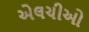
એલચીઓ